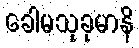
ခေါမသုခုမာနိ